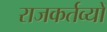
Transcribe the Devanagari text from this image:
राजकर्तव्यों